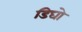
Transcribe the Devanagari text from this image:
डिघो